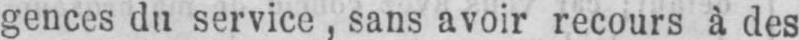
gences du service, sans avoir recours à des